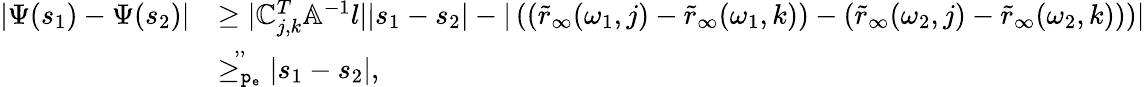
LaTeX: \begin{array}{rl}{|\Psi(s_{1})-\Psi({s_{2}})|}&{\ge|\mathbb{C}_{j,k}^{T}\mathbb{A}^{-1}l||s_{1}-s_{2}|-|\left((\tilde{r}_{\infty}(\omega_{1},j)-\tilde{r}_{\infty}(\omega_{1},k))-(\tilde{r}_{\infty}(\omega_{2},j)-\tilde{r}_{\infty}(\omega_{2},k))\right)|}\\ &{\overset{,,}{\ge_{\mathtt{p_{e}}}}|s_{1}-s_{2}|,}\end{array}